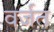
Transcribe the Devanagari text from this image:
वर्जत